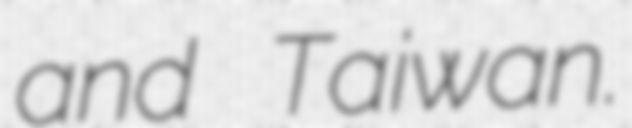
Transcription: and Taiwan.